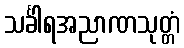
သင်္ခါရအညာဏသုတ္တံ